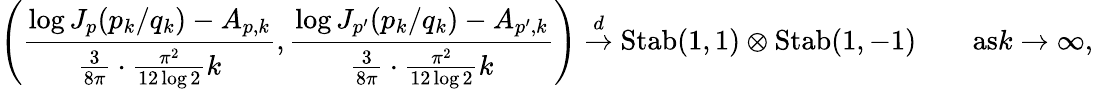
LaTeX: \left(\frac{\log J_{p}(p_{k}/q_{k})-A_{p,k}}{\frac{3}{8\pi}\cdot\frac{\pi^{2}}{12\log 2}k},\frac{\log J_{p^{\prime}}(p_{k}/q_{k})-A_{p^{\prime},k}}{\frac{3}{8\pi}\cdot\frac{\pi^{2}}{12\log 2}k}\right)\overset{d}{\to}\mathrm{Stab}(1,1)\otimes\mathrm{Stab}(1,-1)\qquad\textrm{as}k\to\infty,